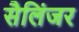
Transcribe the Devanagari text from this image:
सैलिंजर